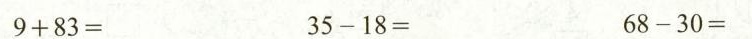
$$9 + 8 3 =$$ $$3 5 - 1 8 =$$ $$6 8 - 3 0 =$$